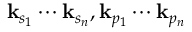
\mathbf { k } _ { s _ { 1 } } \cdots \mathbf { k } _ { s _ { n } } , \mathbf { k } _ { p _ { 1 } } \cdots \mathbf { k } _ { p _ { n } }